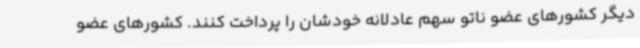
دیگر کشورهای عضو ناتو سهم عادلانه خودشان را پرداخت کنند. کشورهای عضو